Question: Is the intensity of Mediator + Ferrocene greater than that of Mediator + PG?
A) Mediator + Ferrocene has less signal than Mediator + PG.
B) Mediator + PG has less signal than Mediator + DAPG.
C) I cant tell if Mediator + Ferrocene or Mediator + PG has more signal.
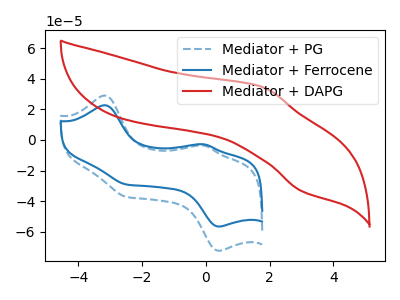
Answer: <think>The blue dashed curve "Mediator + PG" has anodic peaks at (-3.15V, 29.05uA) (-0.05V, -3.65uA) and cathodic peaks at (0.40V, -72.40uA) (-2.50V, -37.15uA). The blue curve "Mediator + Ferrocene" has anodic peaks at (-3.15V, 22.70uA) (-0.05V, -2.85uA) and cathodic peaks at (0.40V, -56.55uA) (-2.50V, -29.05uA). The red curve "Mediator + DAPG" has an anodic peak at (1.75V, 34.75uA) and a cathodic peak at (3.00V, -33.35uA).
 All the peaks in "Mediator + Ferrocene" have a peak in "Mediator + PG" at the same potential.</think>
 <answer>C) I cant tell if "Mediator + Ferrocene" or "Mediator + PG" has more signal.</answer>
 <eval>C</eval>